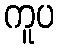
ကူပ